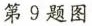
第9题图